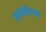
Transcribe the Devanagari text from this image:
रूपसौन्दर्य